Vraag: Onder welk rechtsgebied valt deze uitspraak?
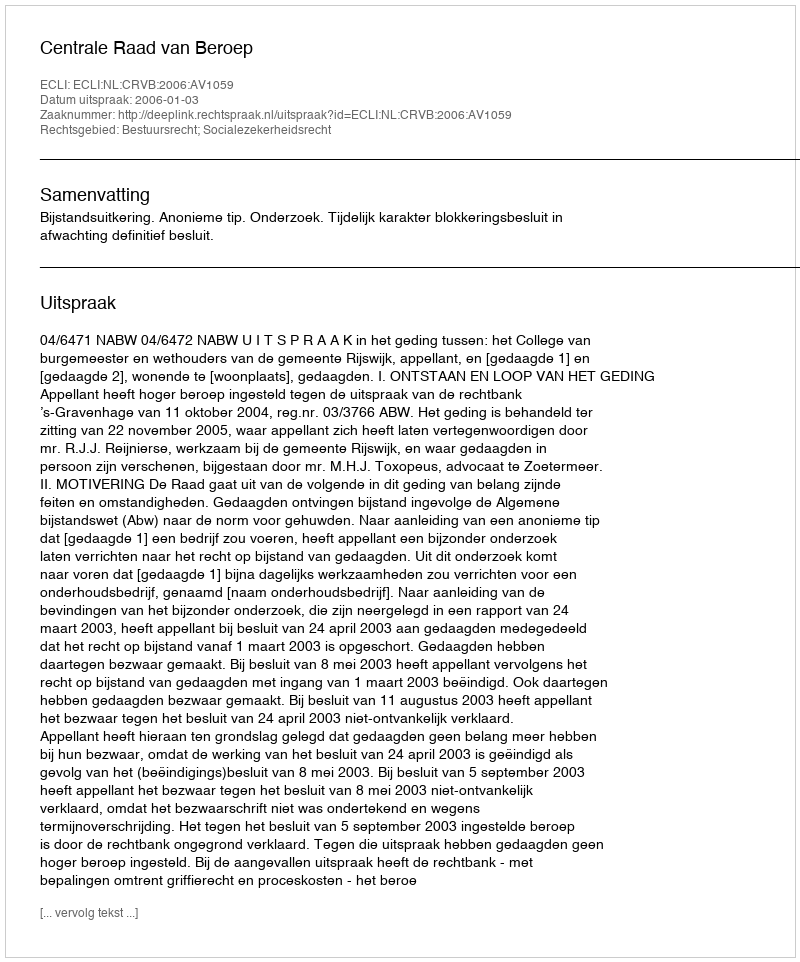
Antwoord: Bestuursrecht; Socialezekerheidsrecht